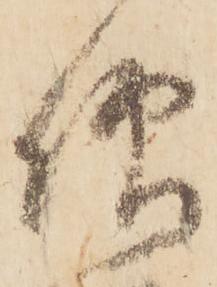
仰